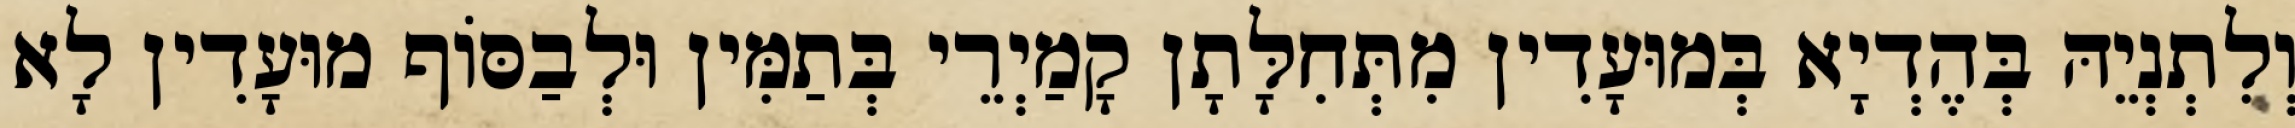
וְלִתְנְיֵהּ בְּהֶדְיָא בְּמוּעָדִין מִתְּחִלָּתָן קָמַיְרֵי בְּתַמִּין וּלְבַסּוֹף מוּעָדִין לָא